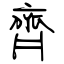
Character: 齊